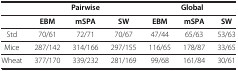
<table><thead><tr><td><b> </b></td><td colspan="3"><b>Pairwise</b></td><td colspan="3"><b>Global</b></td></tr><tr><td><b> </b></td><td><b>EBM</b></td><td><b>mSPA</b></td><td><b>SW</b></td><td><b>EBM</b></td><td><b>mSPA</b></td><td><b>SW</b></td></tr></thead><tbody><tr><td>Std</td><td>70/61</td><td>72/71</td><td>70/67</td><td>47/44</td><td>65/63</td><td>53/63</td></tr><tr><td>Mice</td><td>287/142</td><td>314/166</td><td>297/155</td><td>116/65</td><td>178/87</td><td>33/65</td></tr><tr><td>Wheat</td><td>377/170</td><td>339/232</td><td>281/169</td><td>99/68</td><td>161/84</td><td>30/61</td></tr></tbody></table>